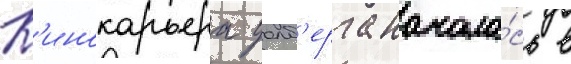
К'инокарьера уолб'ерга начала́сь в